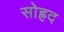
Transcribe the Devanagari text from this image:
सोह्रद